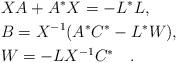
LaTeX: \begin{align*} &XA + A^*X = - L^*L, \\ &B=X^{-1}(A^*C^*-L^*W), \\ &W=-LX^{-1}C^* \quad. \end{align*}